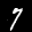
Label: 7